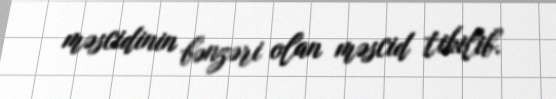
məscidinin bənzəri olan məscid tikilib.